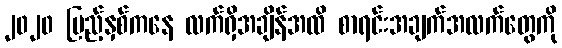
၂၀၂၀ ပြည့်နှစ်ကနေ လက်ရှိအချိန်အထိ စာရင်းအချက်အလက်တွေကို